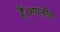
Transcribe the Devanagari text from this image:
हैं।भारतीय